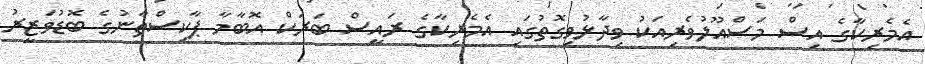
އެމެރިކާގެ އިސް މަސްއޫލުވެރިއަކު ވިދާޅުވިގޮތުގައި އެމެރިކާގެ ރައީސް ބަރަކް އޮބާމާ ޕާކިސްތާނުގެ ބޮޑުވަޒީރު